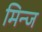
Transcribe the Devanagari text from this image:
मिन्ज